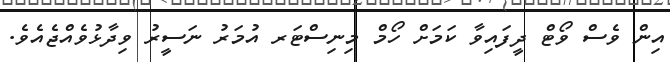
އިން ވެސް ވޯޓް ދީފައިވާ ކަމަށް ހޯމް މިނިސްޓަރ އުމަރު ނަސީރު ވިދާޅުވެއްޖެއެވެ.